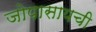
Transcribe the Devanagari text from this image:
जोपासायची